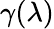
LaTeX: \gamma(\lambda)